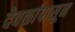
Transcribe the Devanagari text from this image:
देवळांपासून